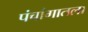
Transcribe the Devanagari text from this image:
पंचांगातला